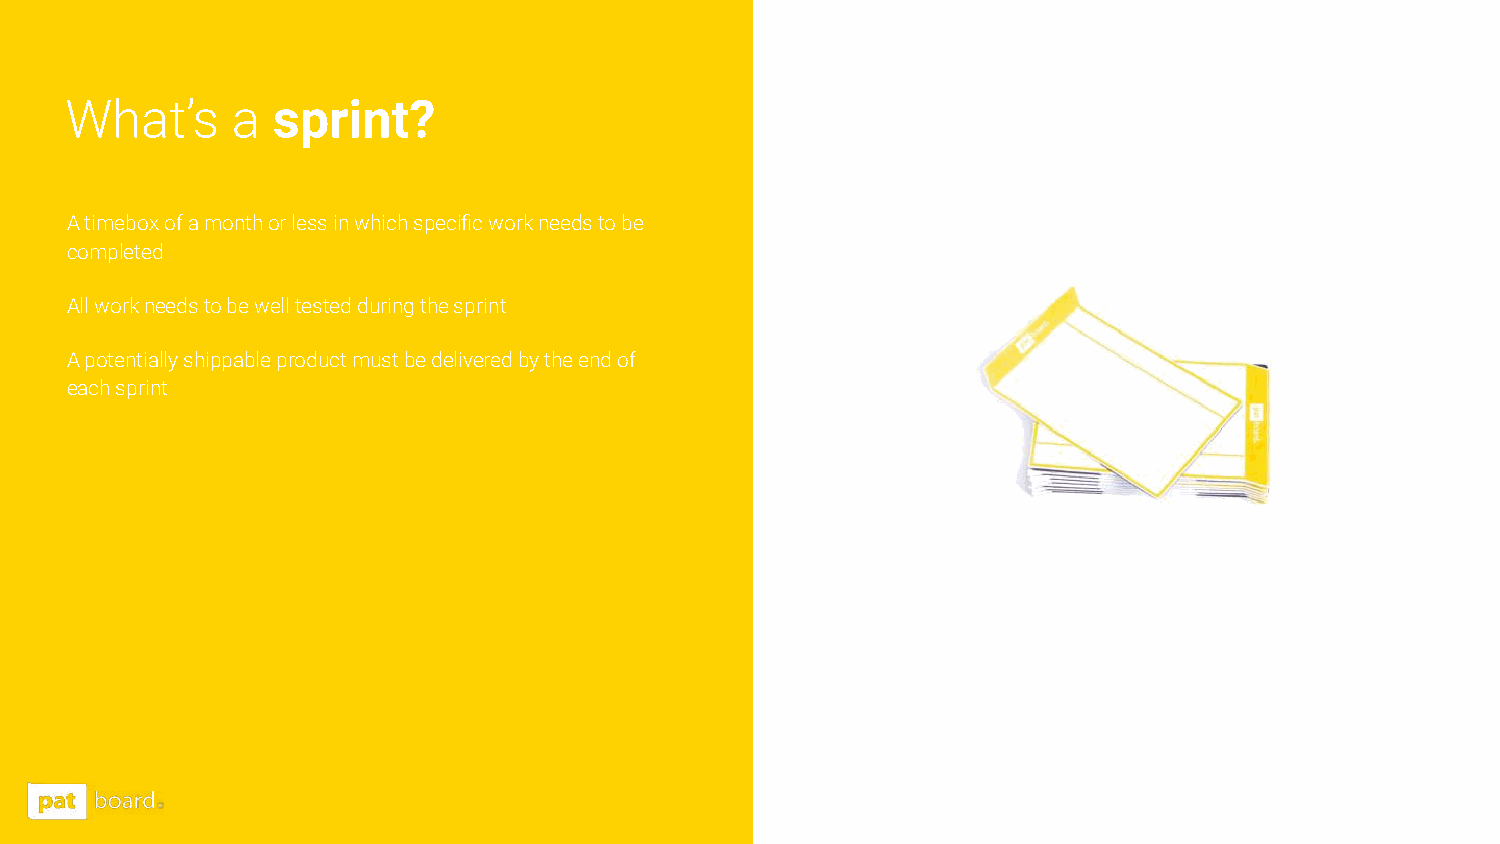
What’s     a  sprint?
 A timebox of a month or less in which specific work needs to be
 completed
 All work needs to be well tested during the sprint
 A potentially shippable product must be delivered by the end of
 each sprint